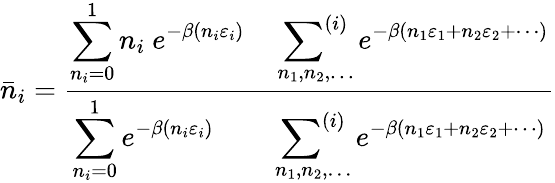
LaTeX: {\bar{n}}_{i}={\frac{\displaystyle\sum_{n_{i}=0}^{1}n_{i}\ e^{-\beta(n_{i}\varepsilon_{i})}\quad\sideset{}{^{(i)}}\sum_{n_{1},n_{2},\dots}e^{-\beta(n_{1}\varepsilon_{1}+n_{2}\varepsilon_{2}+\cdots)}}{\displaystyle\sum_{n_{i}=0}^{1}e^{-\beta(n_{i}\varepsilon_{i})}\qquad\sideset{}{^{(i)}}\sum_{n_{1},n_{2},\dots}e^{-\beta(n_{1}\varepsilon_{1}+n_{2}\varepsilon_{2}+\cdots)}}}